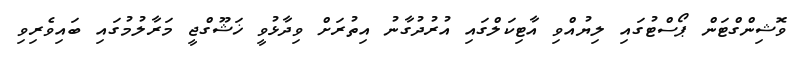
ވޮޝިންގްޓަން ޕޯސްޓުގައި ލިޔުއްވި އާޓިކަލްގައި އުރުދުގާނު އިތުރަށް ވިދާޅުވީ ޚަޝޫގްޖީ މަރާލުމުގައި ބައިވެރިވި